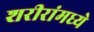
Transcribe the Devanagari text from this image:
शरीरांमध्ये